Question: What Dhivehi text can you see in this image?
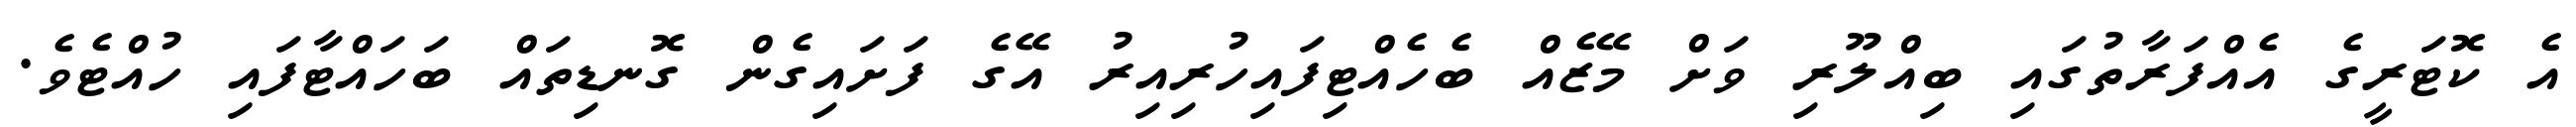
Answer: އެ ކޮޓަރީގެ އެއްފަރާތުގައި ބިއްލޫރި ވަށް މޭޒެއް ބެހެއްޓިފައިހުރިއިރު އޭގެ ފަށައިގެން ގޮނޑިތައް ބަހައްޓާފައި ހުއްޓެވެ.